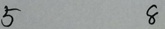
5 8